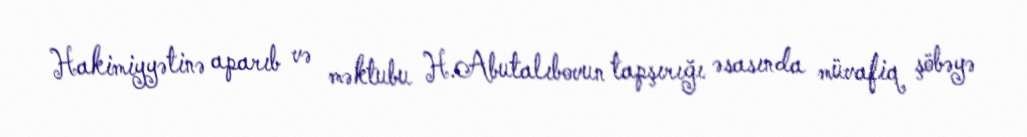
Hakimiyyətinə aparıb və məktubu H.Abutalıbovun tapşırığı əsasında müvafiq şöbəyə